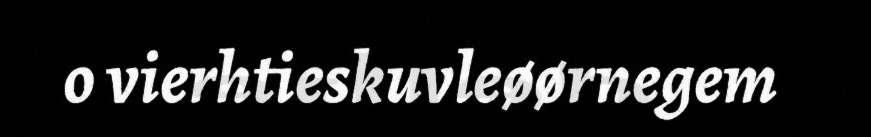
o vierhtieskuvleøørnegem